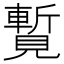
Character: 覱